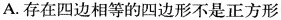
A.存在四边相等的四边形不是正方形